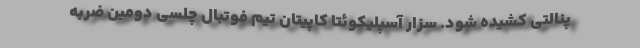
پنالتی کشیده شود. سزار آسپلیکوئتا کاپیتان تیم فوتبال چلسی دومین ضربه